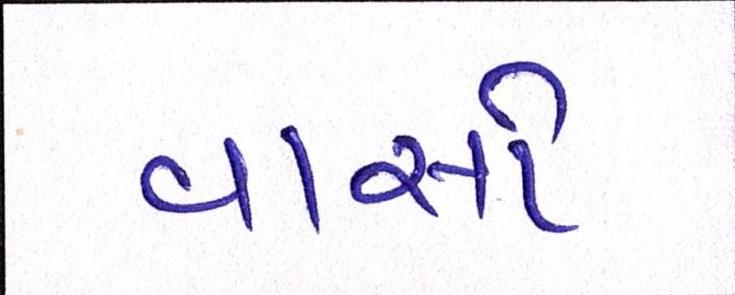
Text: વાસો